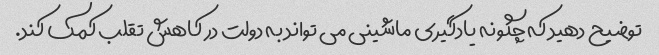
توضیح دهید که چگونه یادگیری ماشینی می تواند به دولت در کاهش تقلب کمک کند.